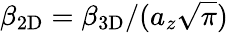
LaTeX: \beta_{\mathrm{2D}}=\beta_{\mathrm{3D}}/(a_{z}\sqrt{\pi})